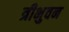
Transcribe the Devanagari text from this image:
त्रीभुवन